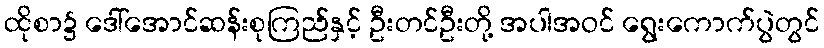
ထိုစာ၌ ဒေါ်အောင်ဆန်းစုကြည်နှင့် ဦးတင်ဦးတို့ အပါအဝင် ရွေးကောက်ပွဲတွင်